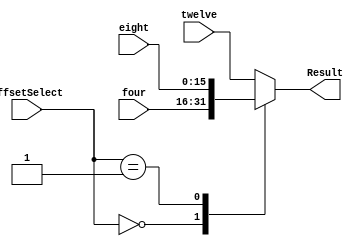
module MUX2(input [15:0] four, eight, twelve,
			input [1:0] offsetSelect,
			output reg [15:0] Result);
always @(*)
begin
	case (offsetSelect)
		//ALU Result
		2'b00: Result = four;
		//16 bit sign extended
		2'b01: Result = eight;
		//8 bit zero extended : 10, 11
		default: Result = twelve;
	endcase
end
endmodule